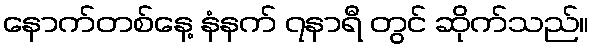
နောက်တစ်နေ့ နံနက် ၇နာရီ တွင် ဆိုက်သည်။